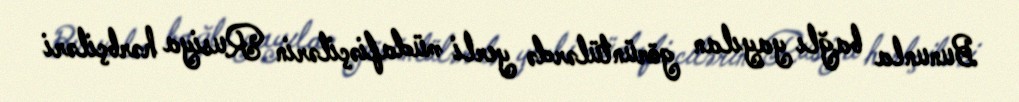
Bununla bağlı yayılan görüntülərdə yerli müdafiəçilərin Rusiya hərbçiləri